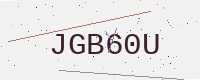
Text: JGB60U